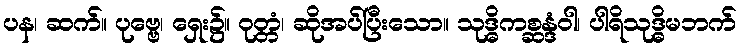
ပန၊ ဆက်။ ပုဗ္ဗေ၊ ရှေး၌။ ဝုတ္တံ၊ ဆိုအပ်ပြီးသော။ သုဒ္ဓိကစ္ဆန္ဒံဝါ၊ ပါရိသုဒ္ဓိမဘက်